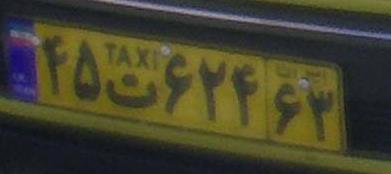
۴۵ت۶۲۴۶۳